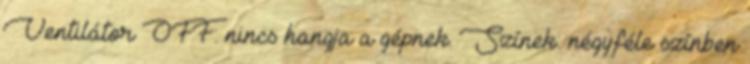
Ventilátor OFF: nincs hangja a gépnek. Színek: négyféle színben